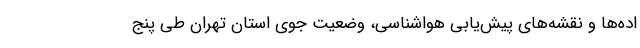
اده‌ها و نقشه‌های پیش‌یابی هواشناسی، وضعیت جوی استان تهران طی پنج